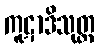
ကူဋာဒိသုတ္တ